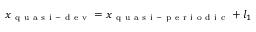
x _ { \mathrm { ~ q ~ u ~ a ~ s ~ i ~ - ~ d ~ e ~ v ~ } } = x _ { \mathrm { ~ q ~ u ~ a ~ s ~ i ~ - ~ p ~ e ~ r ~ i ~ o ~ d ~ i ~ c ~ } } + l _ { 1 }